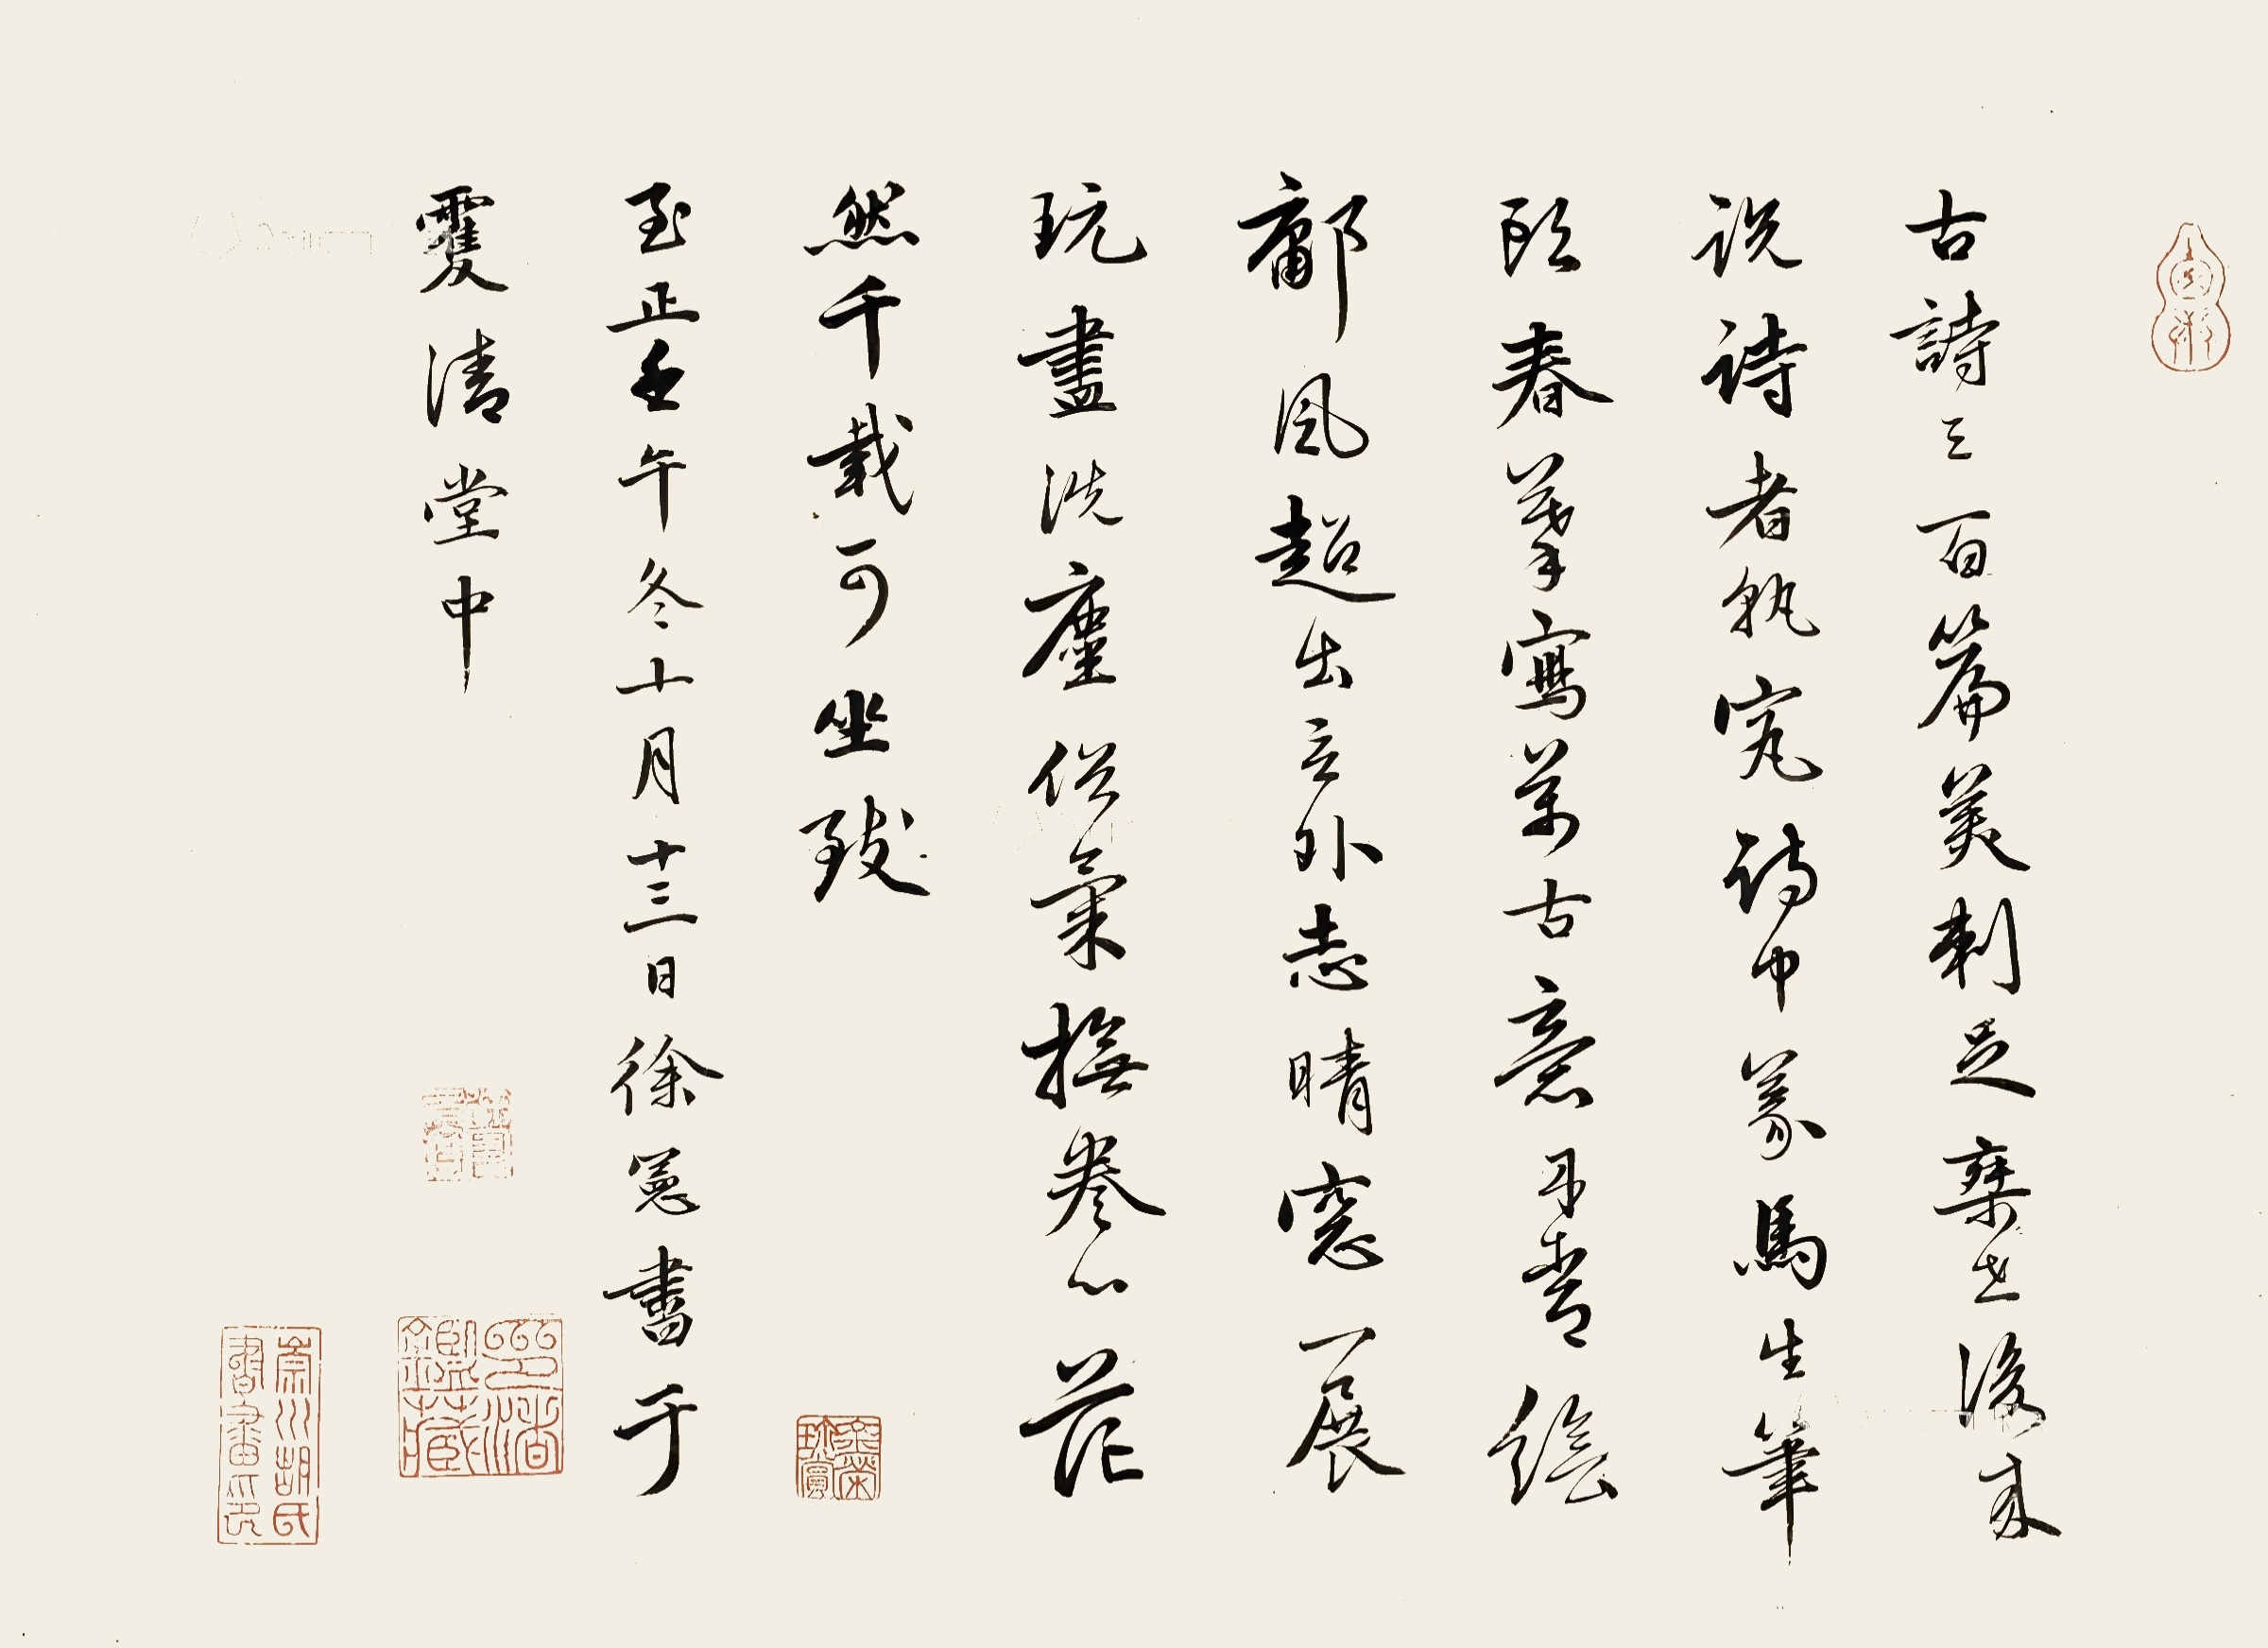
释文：古诗三百篇，美刺足弃世。后来说诗者，孰究诗中义。马生笔头春，摹写万古意。丹青绘墉风，超出言外志。晴窓一展玩，尽洗尘俗气。抚卷心茫然，千载可坐致。至正壬午冬十月十三日，徐宪书于双清堂中。